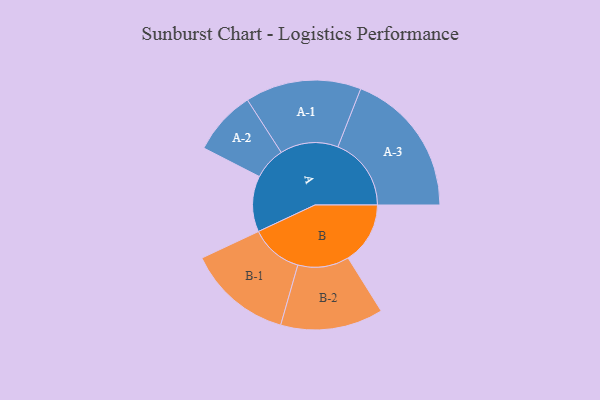
{"axis": {"x": "Segment", "y": "Value"}, "legend": ["", "A", "B"], "data": [{"x": "A", "y": 208, "type": ""}, {"x": "B", "y": 231, "type": ""}, {"x": "A-1", "y": 216, "type": "A"}, {"x": "A-2", "y": 120, "type": "A"}, {"x": "A-3", "y": 273, "type": "A"}, {"x": "B-1", "y": 195, "type": "B"}, {"x": "B-2", "y": 191, "type": "B"}]}